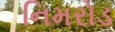
નિમરોડ